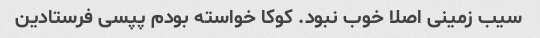
سیب زمینی اصلا خوب نبود. کوکا خواسته بودم پپسی فرستادین